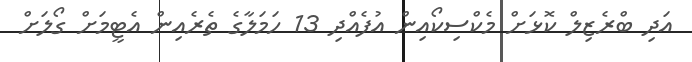
އަދި ބްރެޒިލް ކޮޅަށް މެކްސިކޯއިން އުފެއްދި 13 ހަމަލާގެ ތެރެއިން އެޓީމަށް ގޯލަށް